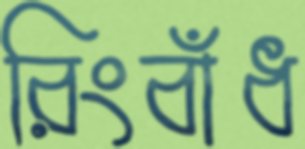
রিংবাঁধ